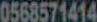
0568571414